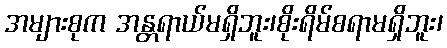
အများစုက အန္တရာယ်မရှိဘူး၊စိုးရိမ်စရာမရှိဘူး၊